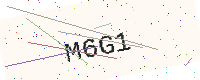
Text: M6G1